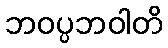
ဘဝပ္ပဘဝါတိ